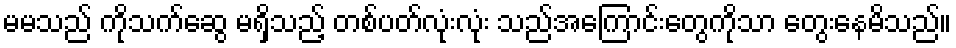
မမသည် ကိုသက်ဆွေ မရှိသည့် တစ်ပတ်လုံးလုံး သည်အကြောင်းတွေကိုသာ တွေးနေမိသည်။